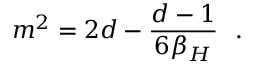
m ^ { 2 } = 2 d - { \frac { d - 1 } { 6 \beta _ { H } } } ~ ~ .